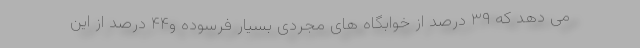
می دهد که ۳۹ درصد از خوابگاه های مجردی بسیار فرسوده و۴۴ درصد از این